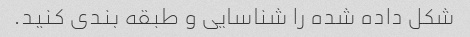
شکل داده شده را شناسایی و طبقه بندی کنید.